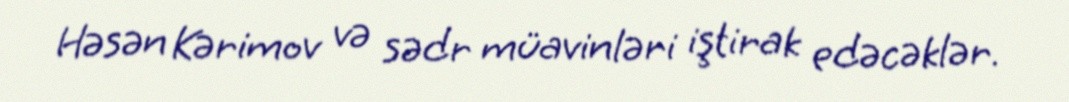
Həsən Kərimov və sədr müavinləri iştirak edəcəklər.